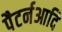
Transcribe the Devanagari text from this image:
पैटर्नआदि